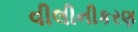
વીલીનીકરણ